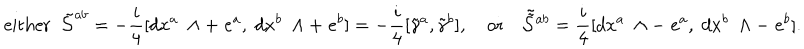
\mathrm { e i t h e r } \; \; \tilde { { \cal S } } ^ { a b } = - \frac { i } { 4 } [ d x ^ { a } \; \wedge + \; e ^ { a } , \; d x ^ { b } \; \wedge + \; e ^ { b } ] = - \frac { i } { 4 } [ \tilde { \gamma } ^ { a } , \tilde { \gamma } ^ { b } ] , \quad \mathrm { o r } \quad \tilde { \tilde { \cal S } } { } ^ { a b } = \frac { i } { 4 } [ d x ^ { a } \; \wedge - \; e ^ { a } , \; d x ^ { b } \; \wedge - \; e ^ { b } ] .